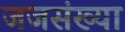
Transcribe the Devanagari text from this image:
जजसंख्या